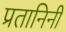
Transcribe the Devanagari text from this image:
प्रतानिनी